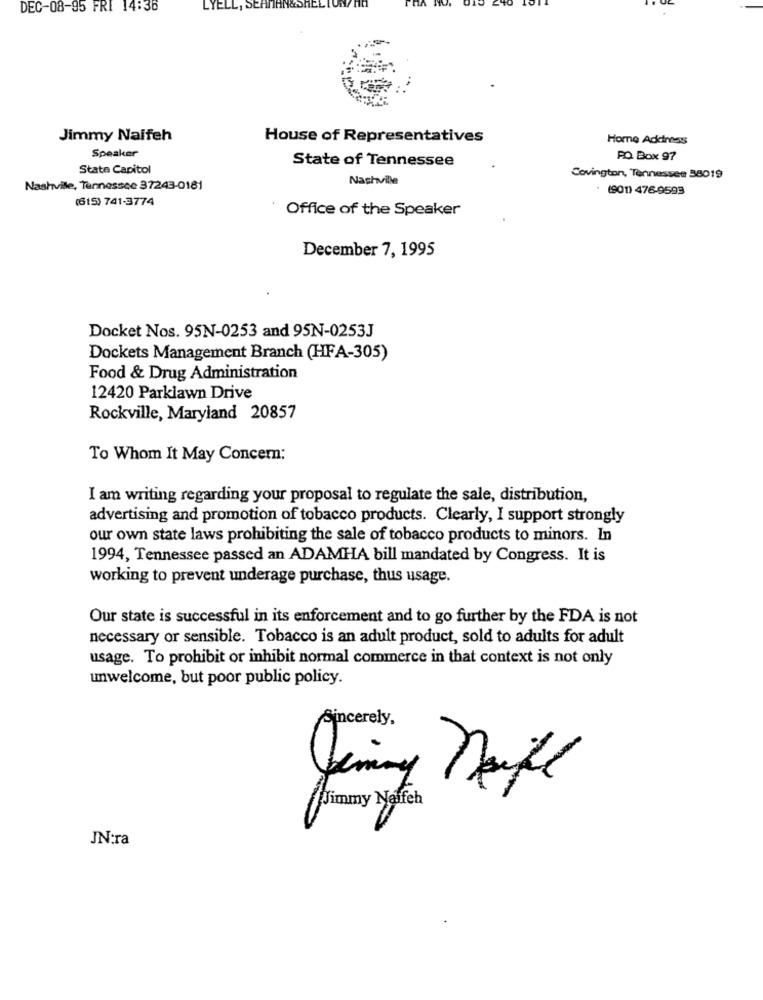
DEC-08-95 FRI 14:36
YELL
Jimmy Naifeh
House of Representatives
Home Addresss
Speaker
State of Tennessee
PO. Box 97
State Capitol
Nashville
Covington, Tennessee 38019
Nashville, Tennessee 37243-0181
(901) 476-9593
(615) 741-3774
Office of the Speaker
December 7, 1995
Docket Nos. 95N-0253 and 95N-0253J
Dockets Management Branch (HFA-305)
Food & Drug Administration
12420 Parklawn Drive
Rockville, Maryland 20857
To Whom It May Concern:
I am writing regarding your proposal to regulate the sale, distribution,
advertising and promotion of tobacco products. Clearly, I support strongly
our own state laws prohibiting the sale of tobacco products to minors. In
1994, Tennessee passed an ADAMHA bill mandated by Congress. It is
working to prevent underage purchase, thus usage.
Our state is successful in its enforcement and to go further by the FDA is not
necessary or sensible. Tobacco is an adult product, sold to adults for adult
usage. To prohibit or inhibit normal commerce in that context is not only
unwelcome, but poor public policy.
Sincerely,
Jimmy Naifeh
JN:ra